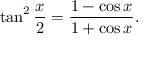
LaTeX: \tan ^ { 2 } { \frac { x } { 2 } } = { \frac { 1 - \cos x } { 1 + \cos x } } .